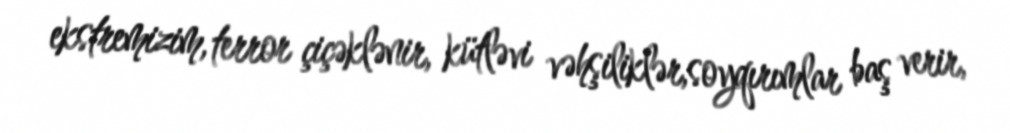
ekstremizim, terror çiçəklənir, kütləvi vəhşiliklər,soyqırımlar baş verir,